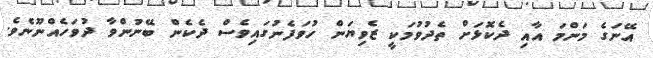
އޭނަގެ މަންމަ އާއި ދެކޮޅަށް ތެދުވުމަކީ ޒެވިޔަން ހުވަފެނުގައިވެސް ދެކެން ބޭނުންވާ ދުވަހެއްނޫނެވެ.